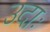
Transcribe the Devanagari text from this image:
उदाः